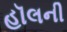
હૉલની